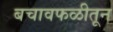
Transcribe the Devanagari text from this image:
बचावफळीतून